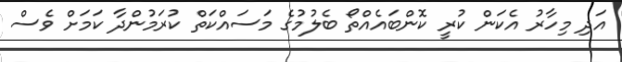
އަދި މިހާރު އެކަން ކުރީ ކޮންބައެއްތޯ ބެލުމުގެ މަސައްކަތް ކުރަމުންދާ ކަމަށް ވެސް